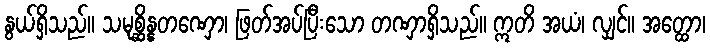
နွယ်ရှိသည်။ သမုစ္ဆိန္နတဏှော၊ ဖြတ်အပ်ပြီးသော တဏှာရှိသည်။ ဣတိ အယံ၊ လျှင်။ အတ္ထော၊